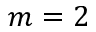
m = 2